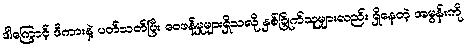
ဒါကြောင့် ဒီကားနဲ့ ပတ်သတ်ပြီး ဝေဖန်မှုများရှိသလို နှစ်ခြိုက်သူများလည်း ရှိနေတဲ့ အမွန်းကို